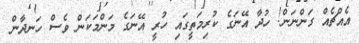
އެއްޗެއް ގަންނަން! ހުދާ އޭނަގެ ކުރިމަތީގައި ހުރީ އޭނަގެ މަންމަކަން ވެސް ހަނދާން